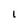
Character: 1